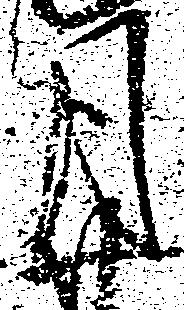
月